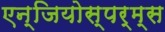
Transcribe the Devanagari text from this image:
एन्जियोस्पर्म्स